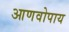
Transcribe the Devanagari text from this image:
आणवोपाय